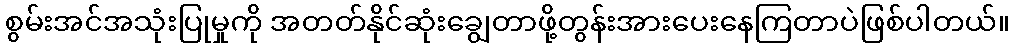
စွမ်းအင်အသုံးပြုမှုကို အတတ်နိုင်ဆုံးချွေတာဖို့တွန်းအားပေးနေကြတာပဲဖြစ်ပါတယ်။